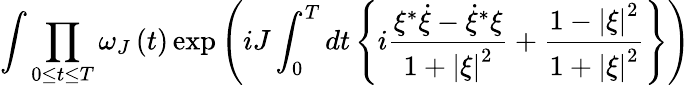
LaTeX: \int{\prod_{0\le t\le T}{\omega_{J}\left(t\right)}\exp\left({iJ\int_{0}^{T}{dt\left\{ {i{\frac{\xi^{*}\dot{\xi}-{\dot{\xi}}^{*}\xi}{1+\left|\xi\right|^{2}}}+{\frac{1-\left|\xi\right|^{2}}{1+\left|\xi\right|^{2}}}}\right\} }}\right)}